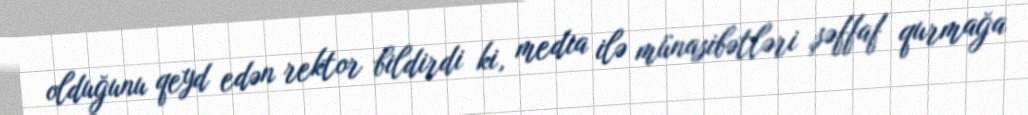
olduğunu qeyd edən rektor bildirdi ki, media ilə münasibətləri şəffaf qurmağa